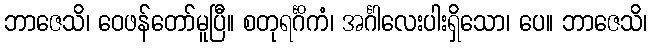
ဘာဇေသိ၊ ဝေဖန်တော်မူပြီ။ စတုရင်္ဂိကံ၊ အင်္ဂါလေးပါးရှိသော၊ ပေ။ ဘာဇေသိ၊